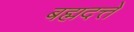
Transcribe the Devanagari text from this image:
बह्मदत्ते